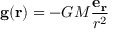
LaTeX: \mathbf { g } ( \mathbf { r } ) = - G M { \frac { \mathbf { e _ { r } } } { r ^ { 2 } } }